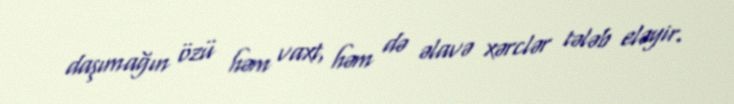
daşımağın özü həm vaxt, həm də əlavə xərclər tələb eləyir.